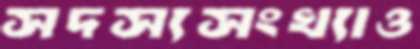
সদস্যসংখ্যাও